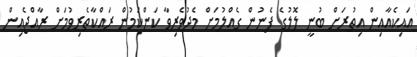
އައިކެއާއިން އިތުރަށް ބުނީ ލޮލުގެ ފެނުން ގެއްލުމަށް މެދުވެރިވާ ކަންކަމުން ރައްކާތެރިވުމަށް ރާއްޖެއިން